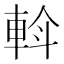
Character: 𨋼